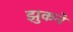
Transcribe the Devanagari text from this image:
झुकनें